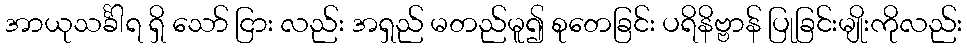
အာယုသင်္ခါရ ရှိ သော် ငြား လည်း အရှည် မတည်မူ၍ စုတေခြင်း ပရိနိဗ္ဗာန် ပြုခြင်းမျိုးကိုလည်း